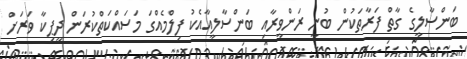
ބަންސާލީގެ ގާތް ފަރާތަކުން ބުނީ ރަންވީރާއި ބަންސާލީއާއެކު ފިލްމެއްގަ މަސައްކަތްކުރަން ދީޕިކާ ވަރަށް